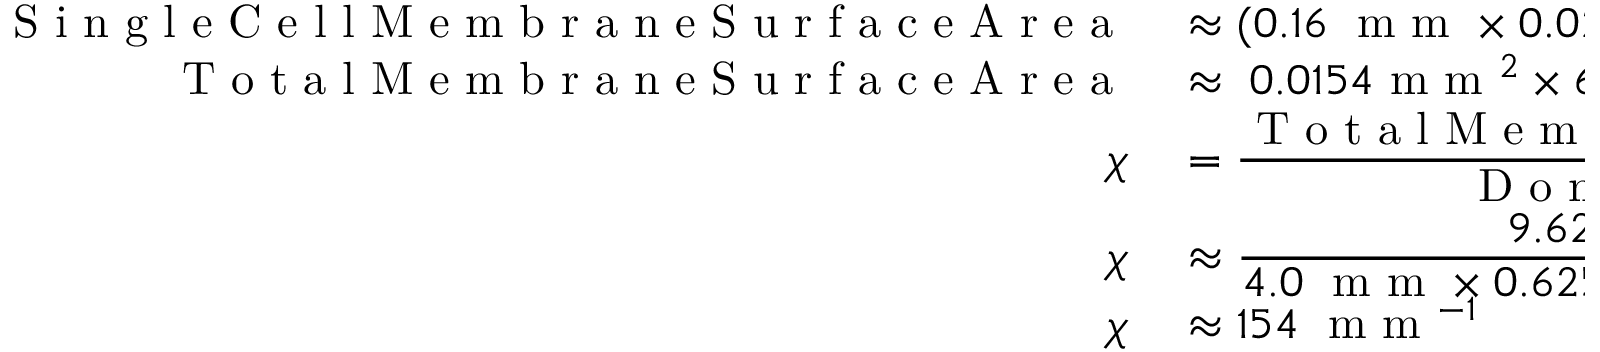
\begin{array} { r l } { \textrm { S i n g l e C e l l M e m b r a n e S u r f a c e A r e a } } & { { } \approx ( 0 . 1 6 \; \textrm { m m } \times 0 . 0 2 5 \; \textrm { m m } ) \times 2 } \\ { \textrm { T o t a l M e m b r a n e S u r f a c e A r e a } } & { { } \approx \; 0 . 0 1 5 4 \textrm { m m } ^ { 2 } \times 6 2 5 \; \textrm { c e l l s } } \\ { \chi } & { { } = \frac { \displaystyle \textrm { T o t a l M e m b r a n e S u r f a c e A r e a } } { \displaystyle \textrm { D o m a i n V o l u m e } } \; } \\ { \chi } & { { } \approx \frac { \displaystyle 9 . 6 2 5 \; \textrm { m m } ^ { 2 } } { \displaystyle 4 . 0 \; \textrm { m m } \times 0 . 6 2 5 \; \textrm { m m } \times 0 . 0 2 5 \; \textrm { m m } } } \\ { \chi } & { { } \approx 1 5 4 \; \textrm { m m } ^ { - 1 } } \end{array}